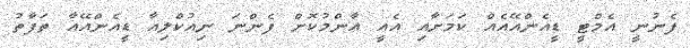
ފެނުނީ އެމްޓީ ޑީއެންއޭއެއް ކަމަށާއި އެއީ އާންމުކޮށް ފެންނަ ނިއުކްލިއާ ޑީއެންއޭއާ ތަފާތު